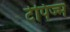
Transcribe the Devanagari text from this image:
टेपिज्म